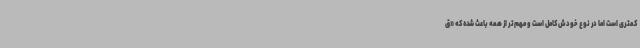
کمتری است اما در نوع خودش کامل است و مهم‌تر از همه باعث شده که «ق